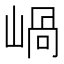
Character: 𡹬